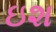
ઇશ